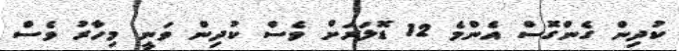
ކުދިން ގެންގޮސް އެންމެ 12 ޑޮލަރަށް ވެސް ކުދިން ވަނީ މިހާރު ވެސް